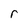
Character: r